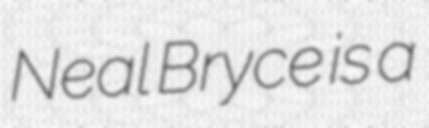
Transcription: Neal Bryce is a